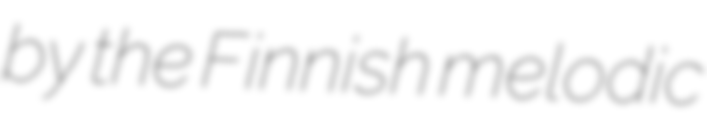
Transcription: by the Finnish melodic